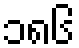
၁၈၆